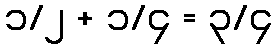
၁/၂ + ၁/၄ = ၃/၄